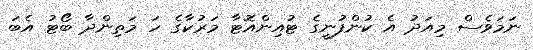
ނަމަވެސް މިއަދު އެ ކުންފުނީގެ ޓުއިންއޮޓާ މަރުކާގެ ހަ މަތިންދާ ބޯޓު އެބަ